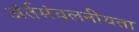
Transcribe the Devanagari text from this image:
अंर्तसंचलनीयता